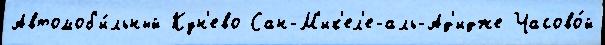
Автомоб'и́льный Кун'ево Сан-М'ик'ел'е-аль-Ад'идже Часово́й